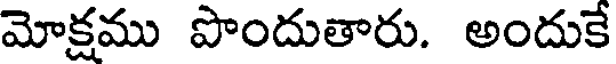
మోక్షము పొందుతారు. అందుకే